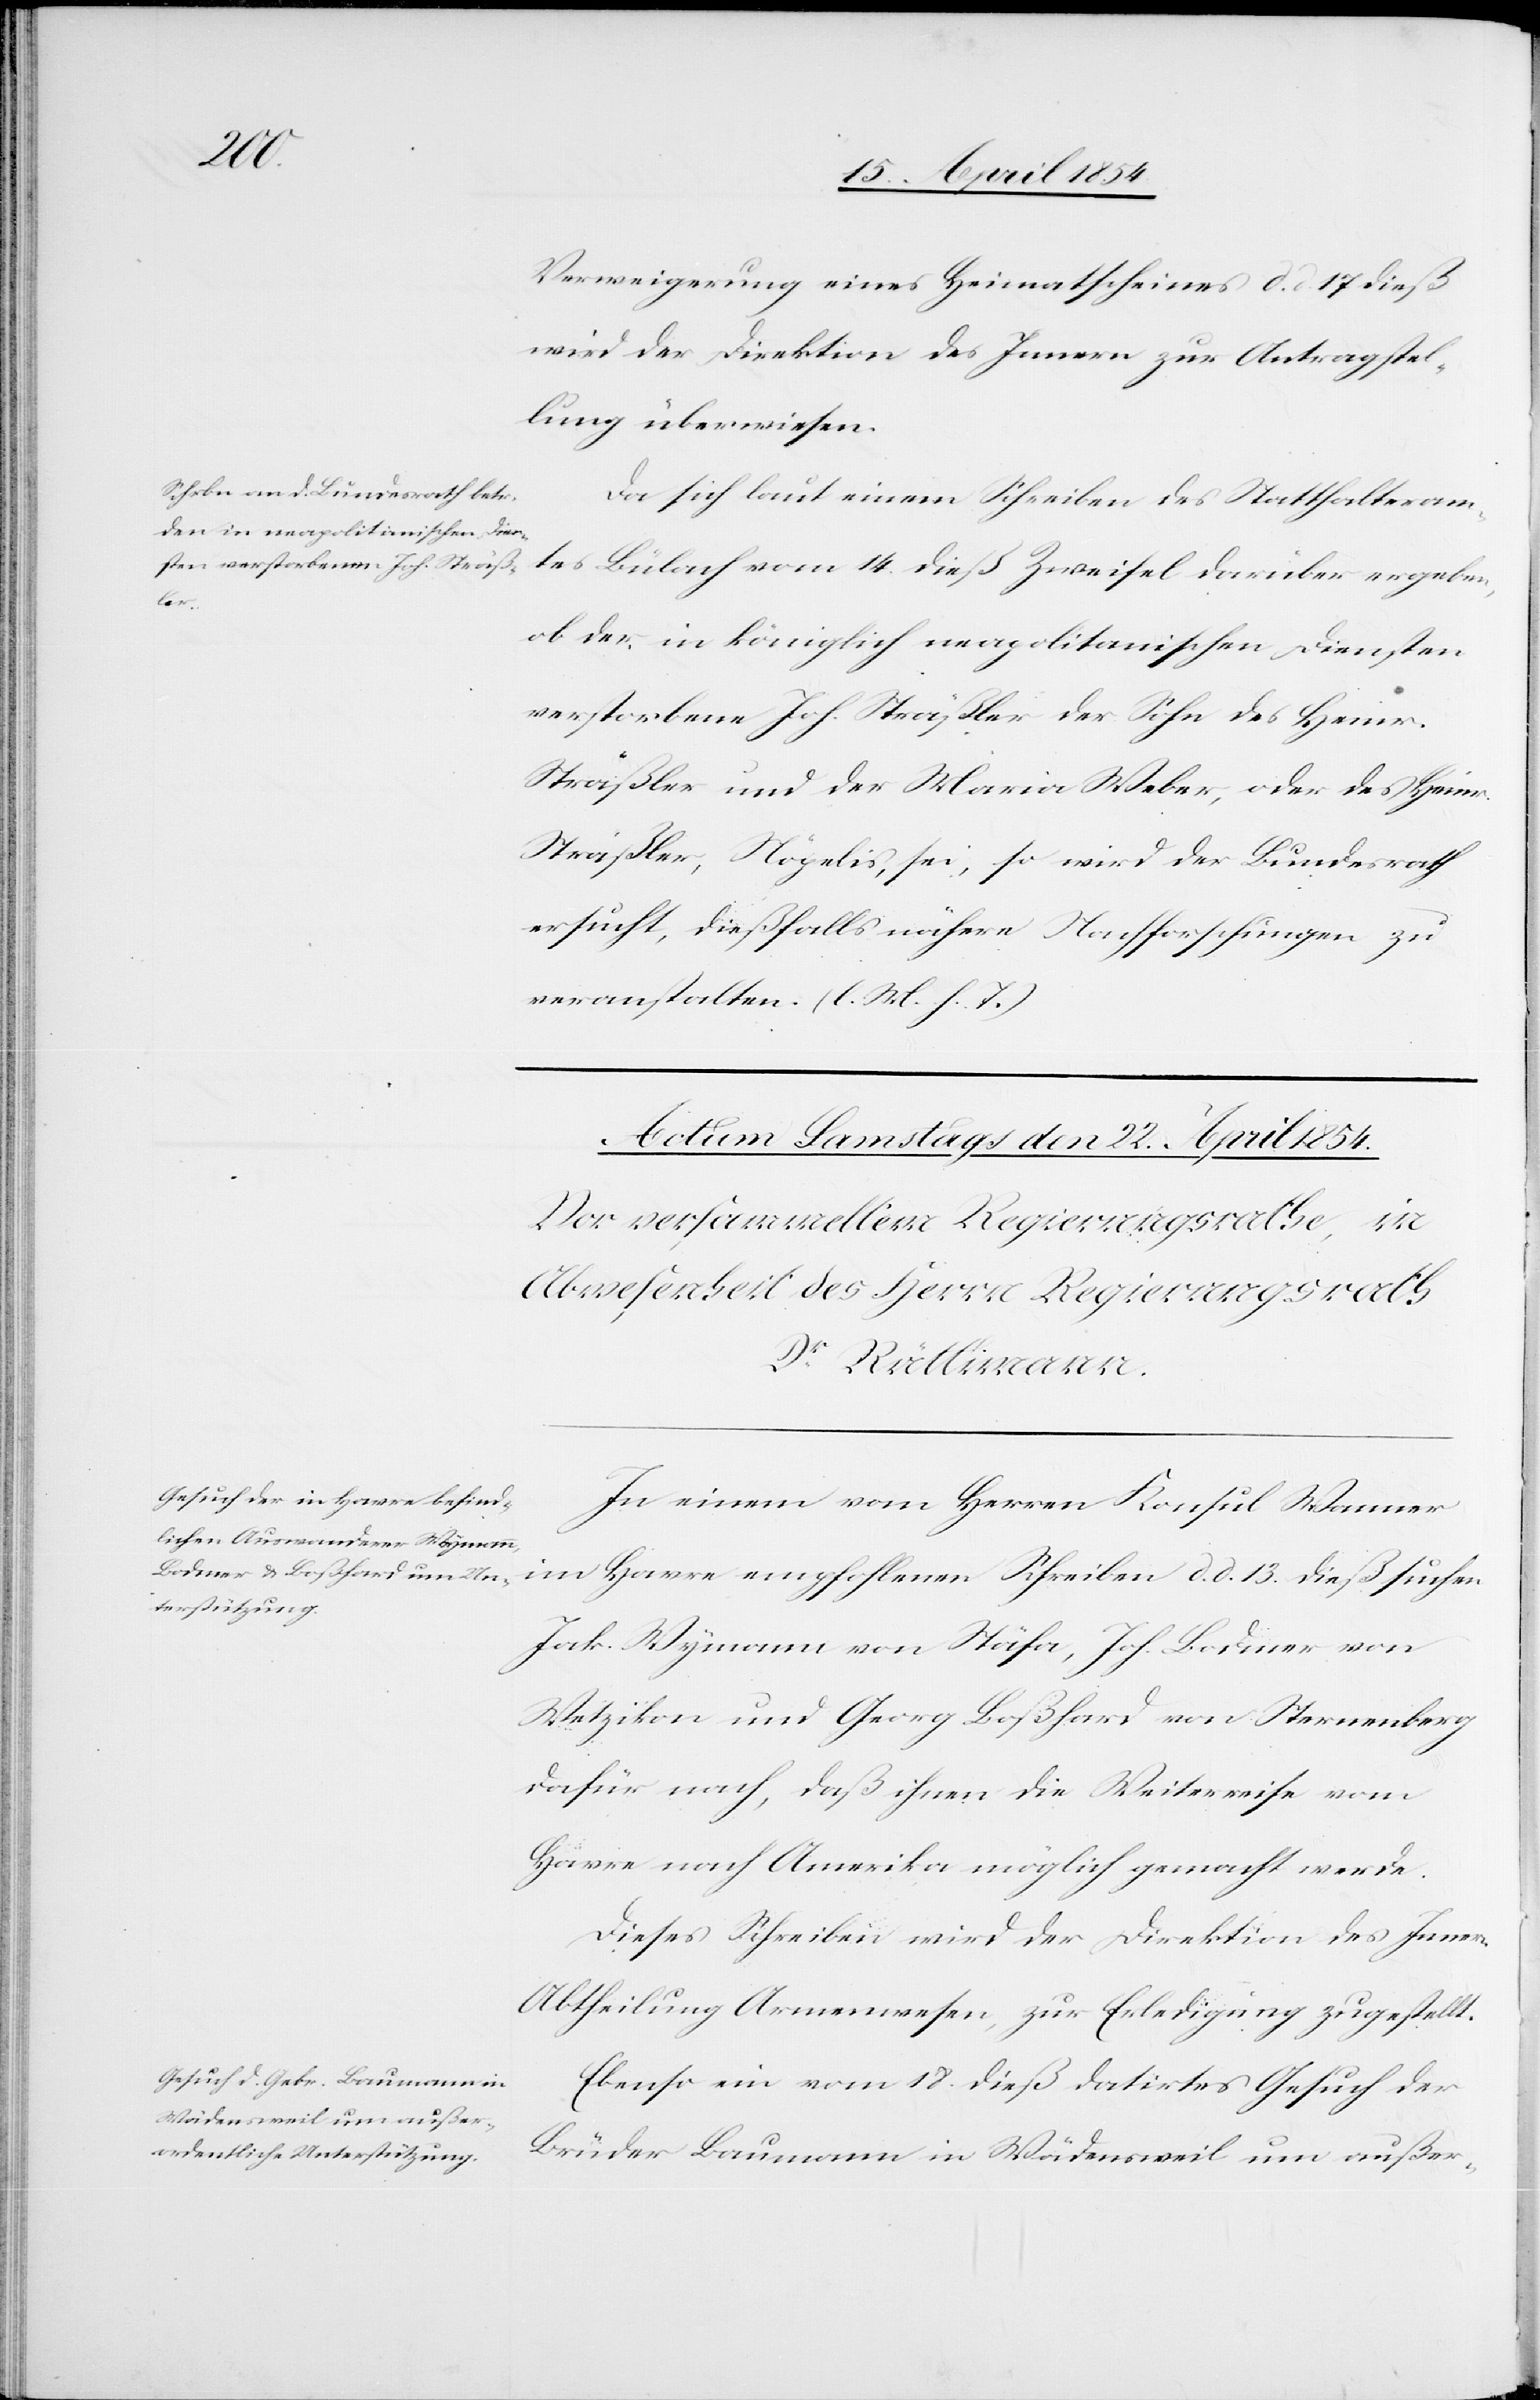
den

18. April 1854.]
Verweigerung eines Heimatscheines d. d. 17 dieß
wird der Direktion des Innern zur Antragstel¬
lung überwiesen.
Da sich laut einem Schreiben des Statthalteram¬
tes Bülach vom 14. dieß Zweifel darüber ergeben,
ob der in königlich neapolitanischen Diensten
verstorbene Joh. Sträßler der Sohn des Heinr.
Sträßler und der Maria Weber, oder des Heinr.
Sträßler, Nögelis, sei, so wird der Bundesrath
ersucht, dießfalls nähere Nachforschungen zu
veranstalten. (l. M. h. T.)
In einem vom Herren Konsul Wanner
im Havre empfohlenen Schreiben d. d. 13. dieß suchen
Jak. Wymann von Stäfa, Joh. Bodmer von
Wetzikon und Georg Boßhard von Sternenberg
dafür nach, daß ihnen die Weiterreise vom
Havre nach Amerika möglich gemacht werde.
Dieses Schreiben wird der Direktion des Innern,
Abtheilung Armenwesen, zur Erledigung zugestellt.
Ebenso ein vom 18. dieß datirtes Gesuch der
Brüder Baumann in Wädensweil um außer-